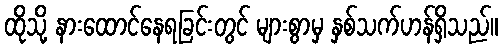
ထိုသို့ နားထောင်နေရခြင်းတွင် များစွာမှ နှစ်သက်ဟန်ရှိသည်။